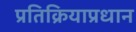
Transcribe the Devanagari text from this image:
प्रतिक्रियाप्रधान